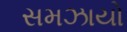
સમઝાયો